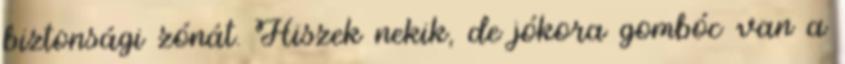
biztonsági zónát. Hiszek nekik, de jókora gombóc van a